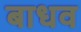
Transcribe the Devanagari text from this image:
बाधव